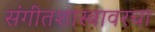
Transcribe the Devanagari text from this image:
संगीतशास्त्रावरचा